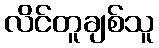
လိင်တူချစ်သူ